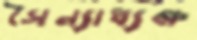
সৈন্যাধ্যক্ষ